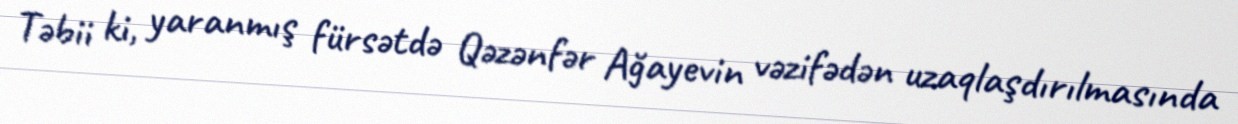
Təbii ki, yaranmış fürsətdə Qəzənfər Ağayevin vəzifədən uzaqlaşdırılmasında